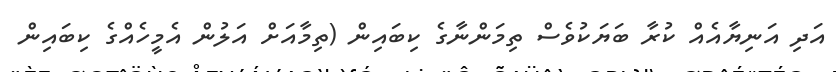
އަދި އަނިޔާއެއް ކުރާ ބަޔަކުވެސް ތިމަންނާގެ ކިބައިން (ތިމާއަށް އަލުން އެމީހެއްގެ ކިބައިން